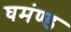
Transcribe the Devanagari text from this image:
घमंण्ड